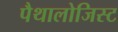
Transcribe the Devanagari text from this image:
पैथालोजिस्ट